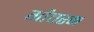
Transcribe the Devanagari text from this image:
गौचरन